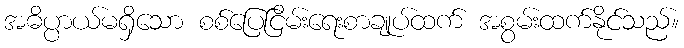
အဓိပ္ပာယ်မရှိသော စစ်ပြေငြိမ်းရေးစာချုပ်ထက် အစွမ်းထက်နိုင်သည်။